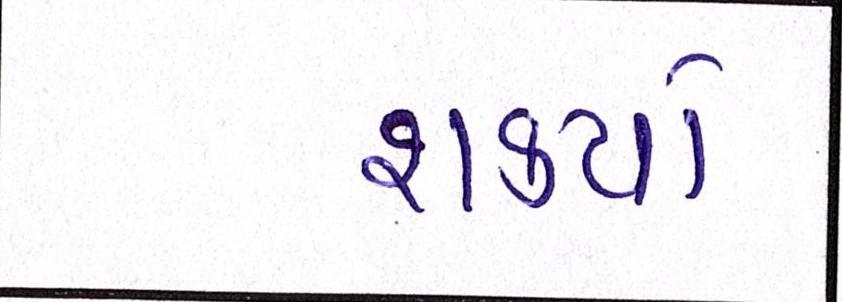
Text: શક્યો